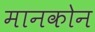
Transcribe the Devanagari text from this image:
मानकोन